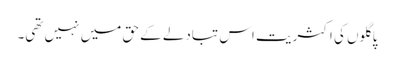
پاگلوں کی اکثریت اس تبادلے کے حق میں نہیں تھی۔